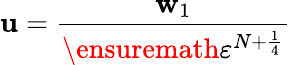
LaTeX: \mathbf{u}=\frac{\mathbf{w}_{1}}{\ensuremath{\varepsilon}^{N+\frac 14}}